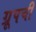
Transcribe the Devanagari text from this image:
ग्रूपची